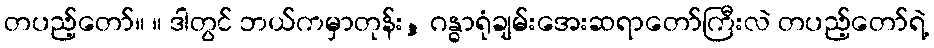
တပည့်တော်။ ။ ဒါတွင် ဘယ်ကမှာတုန်း, ဂန္ဓာရုံချမ်းအေးဆရာတော်ကြီးလဲ တပည့်တော်ရဲ့